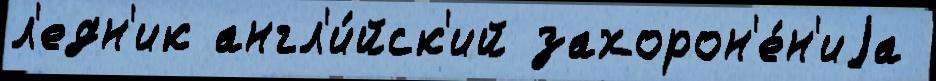
л'едн'ик англ'и́йск'ий захорон'е́н'иjа